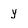
Character: y